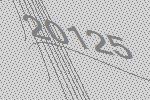
20125